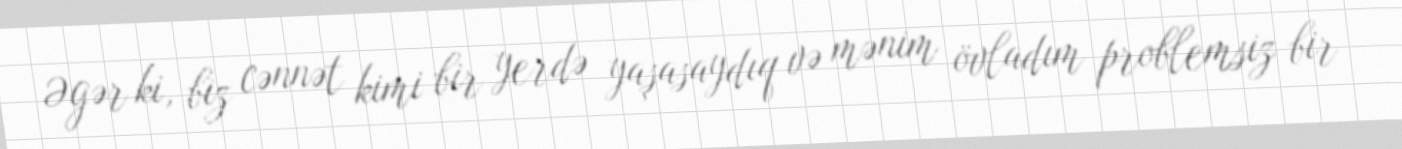
Əgər ki, biz cənnət kimi bir yerdə yaşasaydıq və mənim övladım problemsiz bir